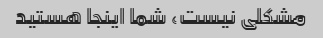
مشکلی نیست، شما اینجا هستید